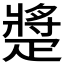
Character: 𤴠